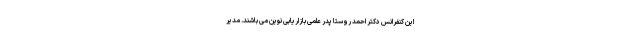
این کنفرانس دکتر احمد روستا پدر علمی بازاریابی نوین می باشند. مدیر